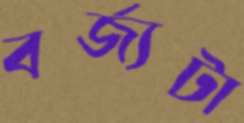
বর্জ্যটা